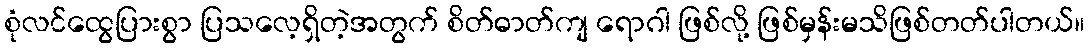
စုံလင်ထွေပြားစွာ ပြသလေ့ရှိတဲ့အတွက် စိတ်ဓာတ်ကျ ရောဂါ ဖြစ်လို့ ဖြစ်မှန်းမသိဖြစ်တတ်ပါတယ်။